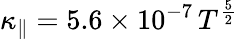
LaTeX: \displaystyle\kappa_{\parallel}=5.6\times 10^{-7}\, T^{\frac{5}{2}}